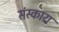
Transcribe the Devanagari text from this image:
संस्कारा